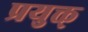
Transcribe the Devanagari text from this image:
प्रयुक्त्